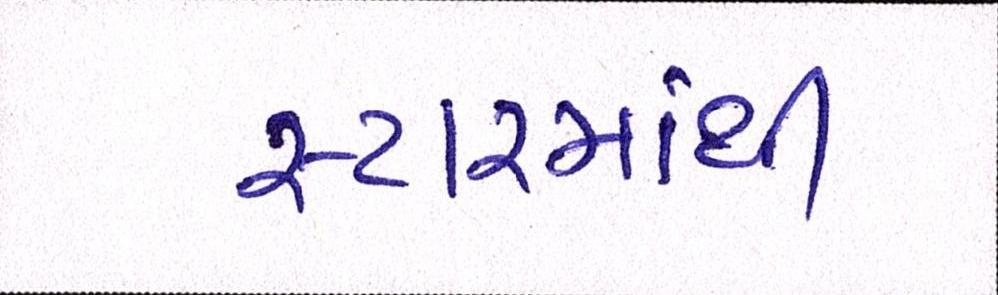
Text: સ્ટારમાંથી